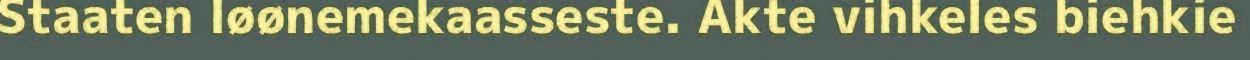
Staaten løønemekaasseste. Akte vihkeles biehkie